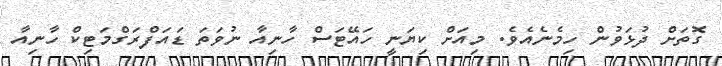
ގޮތަށް ދުޅަވުން ހިމެނެއެވެ. މިއަށް ކިޔަނީ ހައޭޓަސް ހާނިއާ ނުވަތަ ޑައަފްރަގްމަޓިކް ހާނިއާ